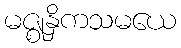
မဇ္ဈနှိကသမယေ